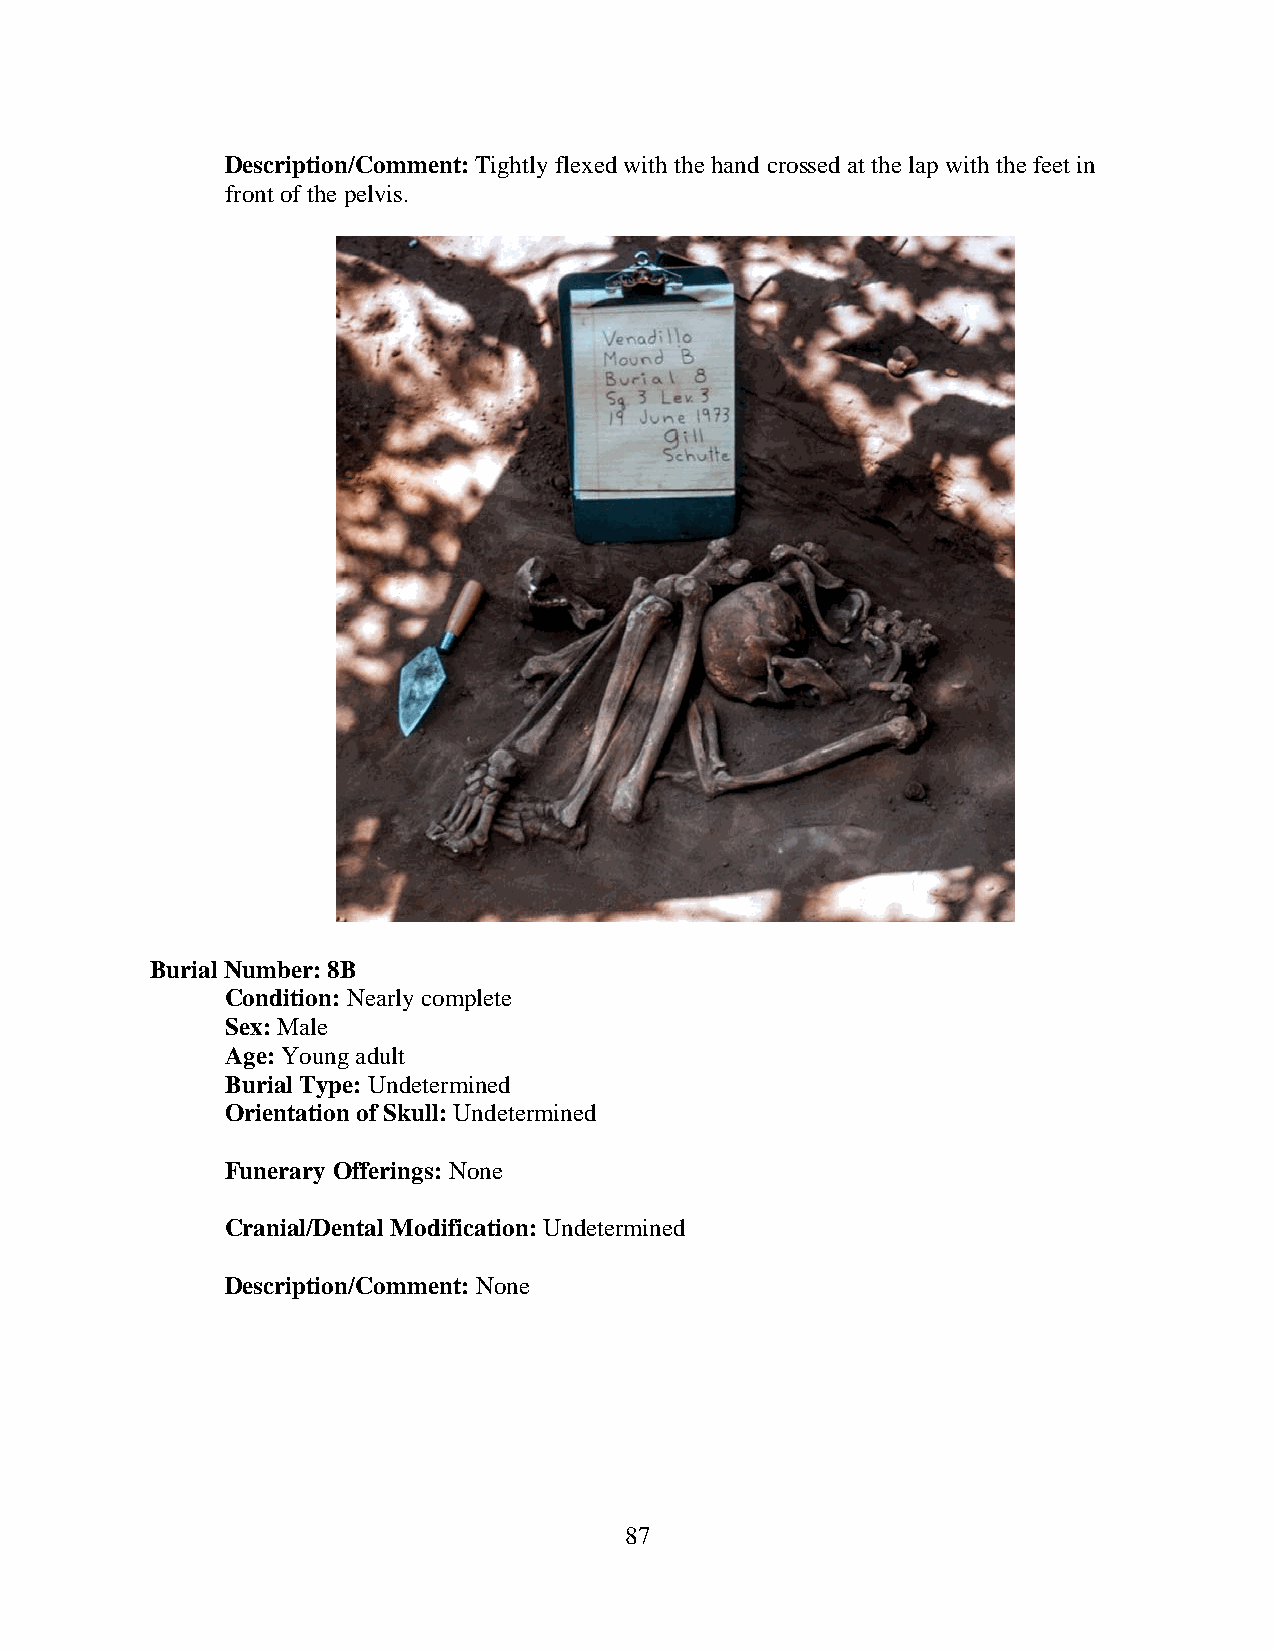
Description/Comment: Tightly flexed with the hand crossed at the lap with the feet in
 front of the pelvis.
 Burial Number: 8B
 Condition: Nearly complete
 Sex: Male
 Age: Young adult
 Burial Type: Undetermined
 Orientation of Skull: Undetermined
 Funerary Offerings: None
 Cranial/Dental Modification: Undetermined
 Description/Comment: None
 87